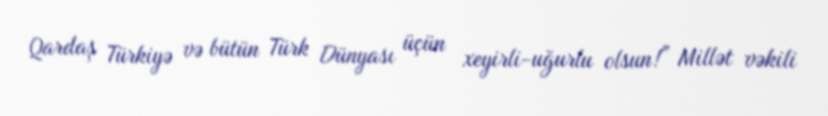
Qardaş Türkiyə və bütün Türk Dünyası üçün xeyirli-uğurlu olsun!” Millət vəkili